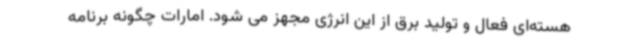
هسته‌ای فعال و تولید برق از این انرژی مجهز می شود. امارات چگونه برنامه